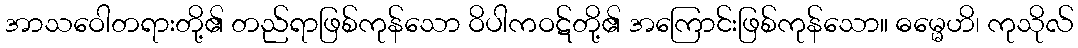
အာသဝေါတရားတို့၏ တည်ရာဖြစ်ကုန်သော ဝိပါကဝဋ်တို့၏ အကြောင်းဖြစ်ကုန်သော။ ဓမ္မေဟိ၊ ကုသိုလ်